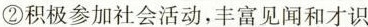
②积极参加社会活动，丰富见闻和才识